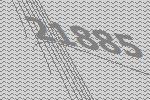
21885